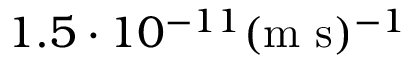
1 . 5 \cdot 1 0 ^ { - 1 1 } ( \mathrm { m ~ s } ) ^ { - 1 }